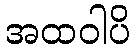
အထဝါပိ